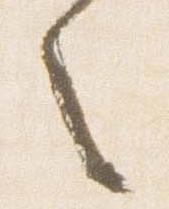
之